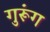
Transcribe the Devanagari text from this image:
गुरूंग